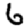
Digit: 6